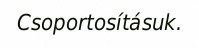
Csoportosításuk.